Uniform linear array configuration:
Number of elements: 64
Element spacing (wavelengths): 1
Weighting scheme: kaiser
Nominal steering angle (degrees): -30
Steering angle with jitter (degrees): -30.004
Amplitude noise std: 0.05
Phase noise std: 0.05

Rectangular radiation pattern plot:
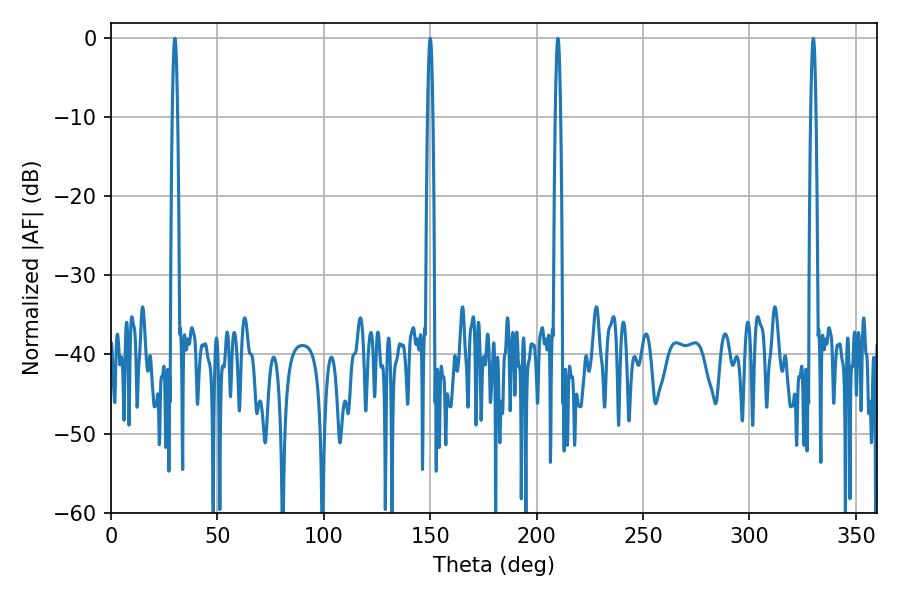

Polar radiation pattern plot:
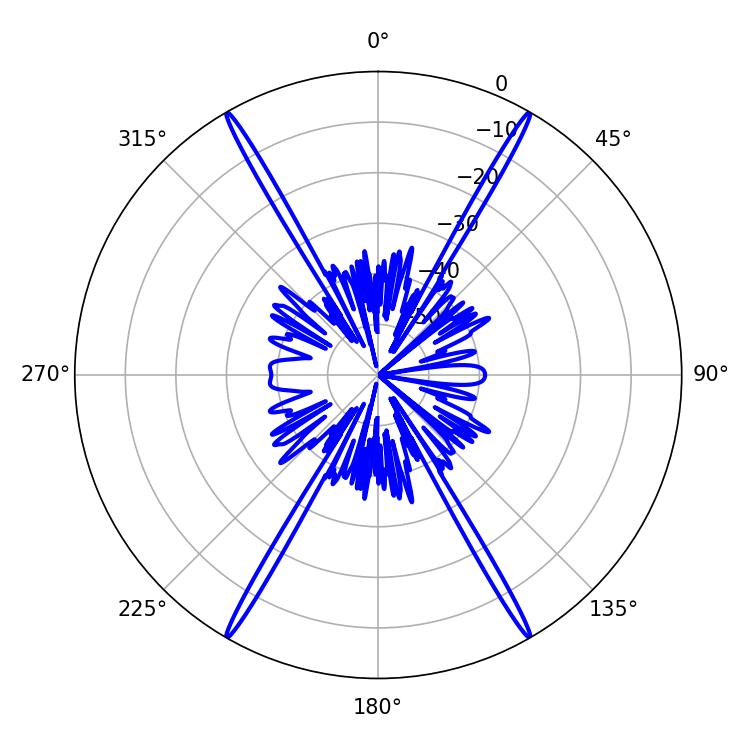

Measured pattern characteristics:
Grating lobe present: TRUE
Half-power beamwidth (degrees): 1.26
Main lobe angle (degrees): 30.06